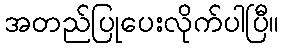
အတည်ပြုပေးလိုက်ပါပြီ။